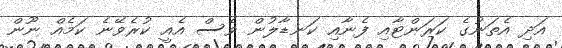
އަދި އެތަނުގެ ކަރަންޓާއި ފެނާއި ކަނޑާލުން ވެސް އެއީ ކުރެވޭނެ ކަމެއް ނޫން